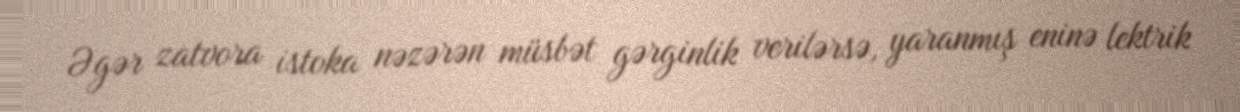
Əgər zatvora istoka nəzərən müsbət gərginlik verilərsə, yaranmış eninə lektrik